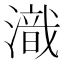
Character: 𣽚